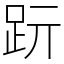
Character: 䟚